King Institute of Preventive Medicine Micro-Biological Section reports 1912-19
Year: 1912
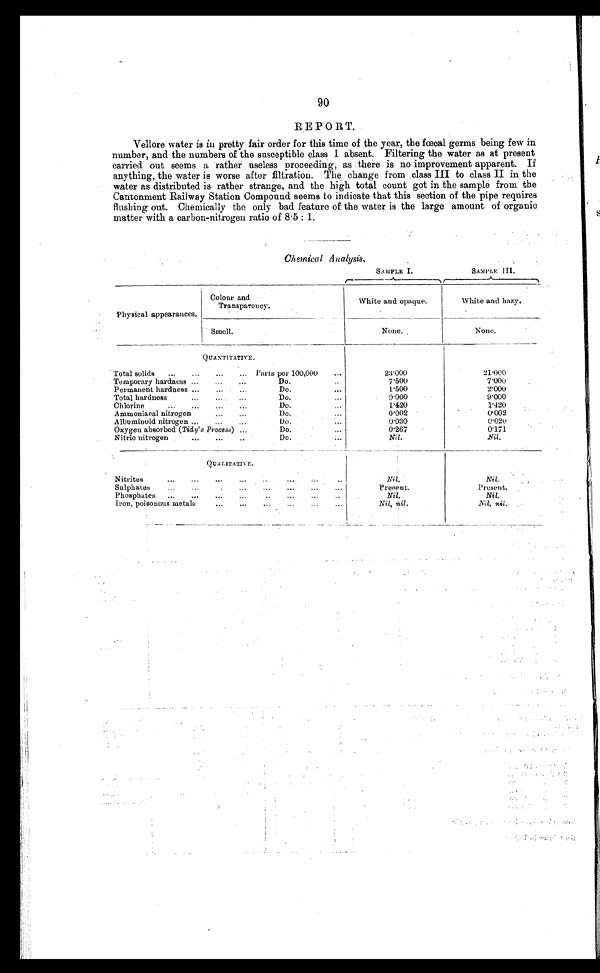
90
REPORT.
Vellore water is in pretty fair order for this time of the year, the fœcal germs being few in
number, and the numbers of the susceptible class I absent. Filtering the water as at present
carried. out seems a rather useless proceeding, as .there is no improvement apparent. If
anything, the water is worse after filtration. The change from class III to class II in the
water as distributed is rather strange, and the high total count got in the sample from the
Cantonment Railway Station Compound seems to indicate that this section of the pipe requires
flushing out. Chemically the only- bad feature of the water is the large amount of organic
matter with a carbon-nitrogen ratio of 8.5 : 1.
Chemical Analysis,
SAMPLE I. SAMPLE III.
Physical appearances.
Colour and
Transparency.
White and opaque.
White and hazy.
Smell.
None.
None.
QUANTITATIVE.
Total solids
...
...
...
... Parts per 100,000
...
23.000
21.000
Temporary hardness ...
...
...
Do.
..
7.500
7.000
Permanent hardness ...
...
...
Do.
...
1.500
2.000
Total hardness
...
....
...
Do.
...
9 . 0 0 0
9.000
Chlorine
...
...
...
...
Do.
1.420
1.420
Ammoniacal nitrogen
...
...
Do.
...
0.002
0.002
Albuminoid nitrogen ...
...
...
Do,
...
0.030
0.020
Oxygen absorbed ( Tide's Process) ...
Do.
...
0.267
0.171
Nitric nitrogen
...
...
..
Do.
Nil.
N i l .
QUALITATIVE.
Nitrites
...
...
...
...
...
.... ..
Nil.
Nil.
Sulphates
...
...
.
...
...
...
...
...
Present.
Present.
Ph osphates
...
...
...
..
...
...
..
Nil.
Nil.
Iron, poisonous metals
...
...
.„
...
...
...
Nil, nil.
Nil, nil.